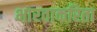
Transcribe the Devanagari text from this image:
भारताकरिता